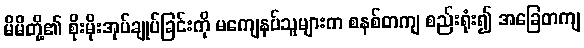
မိမိတို့၏ စိုးမိုးအုပ်ချုပ်ခြင်းကို မကျေနပ်သူများက စနစ်တကျ စည်းရုံး၍ အခြေတကျ